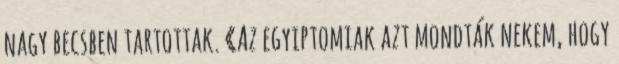
nagy becsben tartottak. «Az egyiptomiak azt mondták nekem, hogy